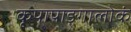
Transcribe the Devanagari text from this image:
कृपापाङ्गालोकं